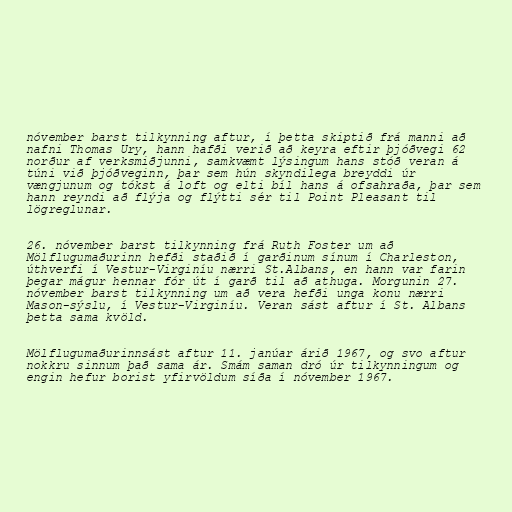
nóvember barst tilkynning aftur, í þetta skiptið frá manni að
nafni Thomas Ury, hann hafði verið að keyra eftir þjóðvegi 62
norður af verksmiðjunni, samkvæmt lýsingum hans stóð veran á
túni við þjóðveginn, þar sem hún skyndilega breyddi úr
vængjunum og tókst á loft og elti bíl hans á ofsahraða, þar sem
hann reyndi að flýja og flýtti sér til Point Pleasant til
lögreglunar.

26. nóvember barst tilkynning frá Ruth Foster um að
Mölflugumaðurinn hefði staðið í garðinum sínum í Charleston,
úthverfi í Vestur-Virginíu nærri St.Albans, en hann var farin
þegar mágur hennar fór út í garð til að athuga. Morgunin 27.
nóvember barst tilkynning um að vera hefði unga konu nærri
Mason-sýslu, í Vestur-Virginíu. Veran sást aftur í St. Albans
þetta sama kvöld.

Mölflugumaðurinnsást aftur 11. janúar árið 1967, og svo aftur
nokkru sinnum það sama ár. Smám saman dró úr tilkynningum og
engin hefur borist yfirvöldum síða í nóvember 1967.